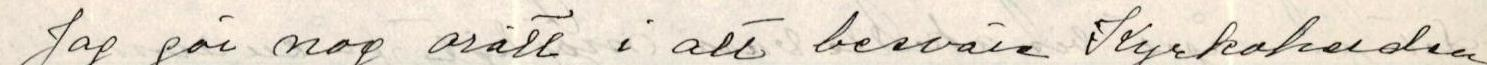
Jag gör nog orätt i alt besväre Kyrkoherden